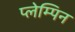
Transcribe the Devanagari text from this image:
प्लेम्पिन